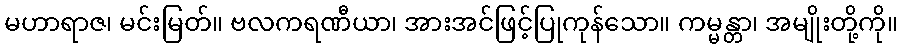
မဟာရာဇ၊ မင်းမြတ်။ ဗလကရဏီယာ၊ အားအင်ဖြင့်ပြုကုန်သော။ ကမ္မန္တာ၊ အမျိုးတို့ကို။